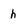
Character: h